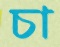
চা